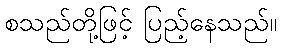
စသည်တို့ဖြင့် ပြည့်နေသည်။